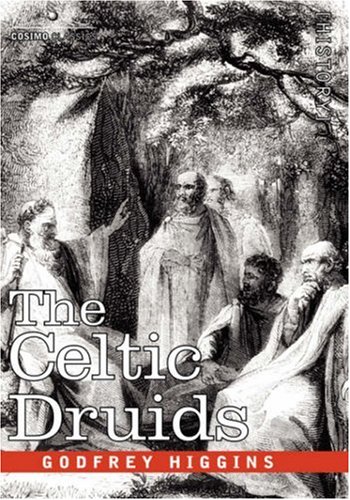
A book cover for The Celtic Druids; Godfrey Higgins; Religion & Spirituality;